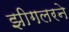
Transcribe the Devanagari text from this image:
झीगलरने